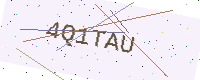
Text: 4Q1TAU